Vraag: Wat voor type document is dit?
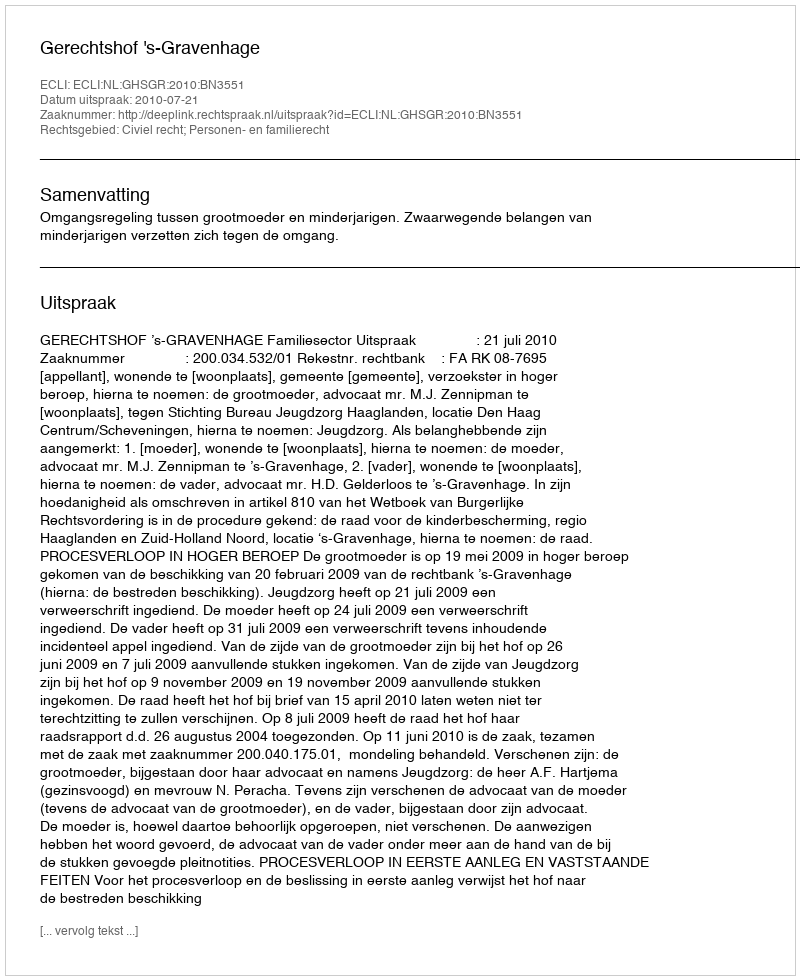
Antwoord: Uitspraak